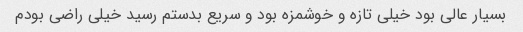
بسیار عالی بود خیلی تازه و خوشمزه بود و سریع بدستم رسید خیلی راضی بودم